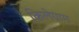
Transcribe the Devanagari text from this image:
किलेग्राम